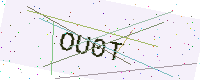
Text: OU0T